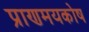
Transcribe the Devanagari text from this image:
प्राणमयकोष